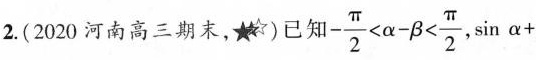
2.(2020河南高三期末，)已知 $$- \frac{\pi}{2}< \alpha - \beta < \frac{\pi}{2}$$ sinα+